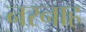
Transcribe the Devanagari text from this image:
नरनाह